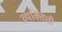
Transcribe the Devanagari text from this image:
व्यक्तिंची